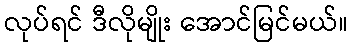
လုပ်ရင် ဒီလိုမျိုး အောင်မြင်မယ်။